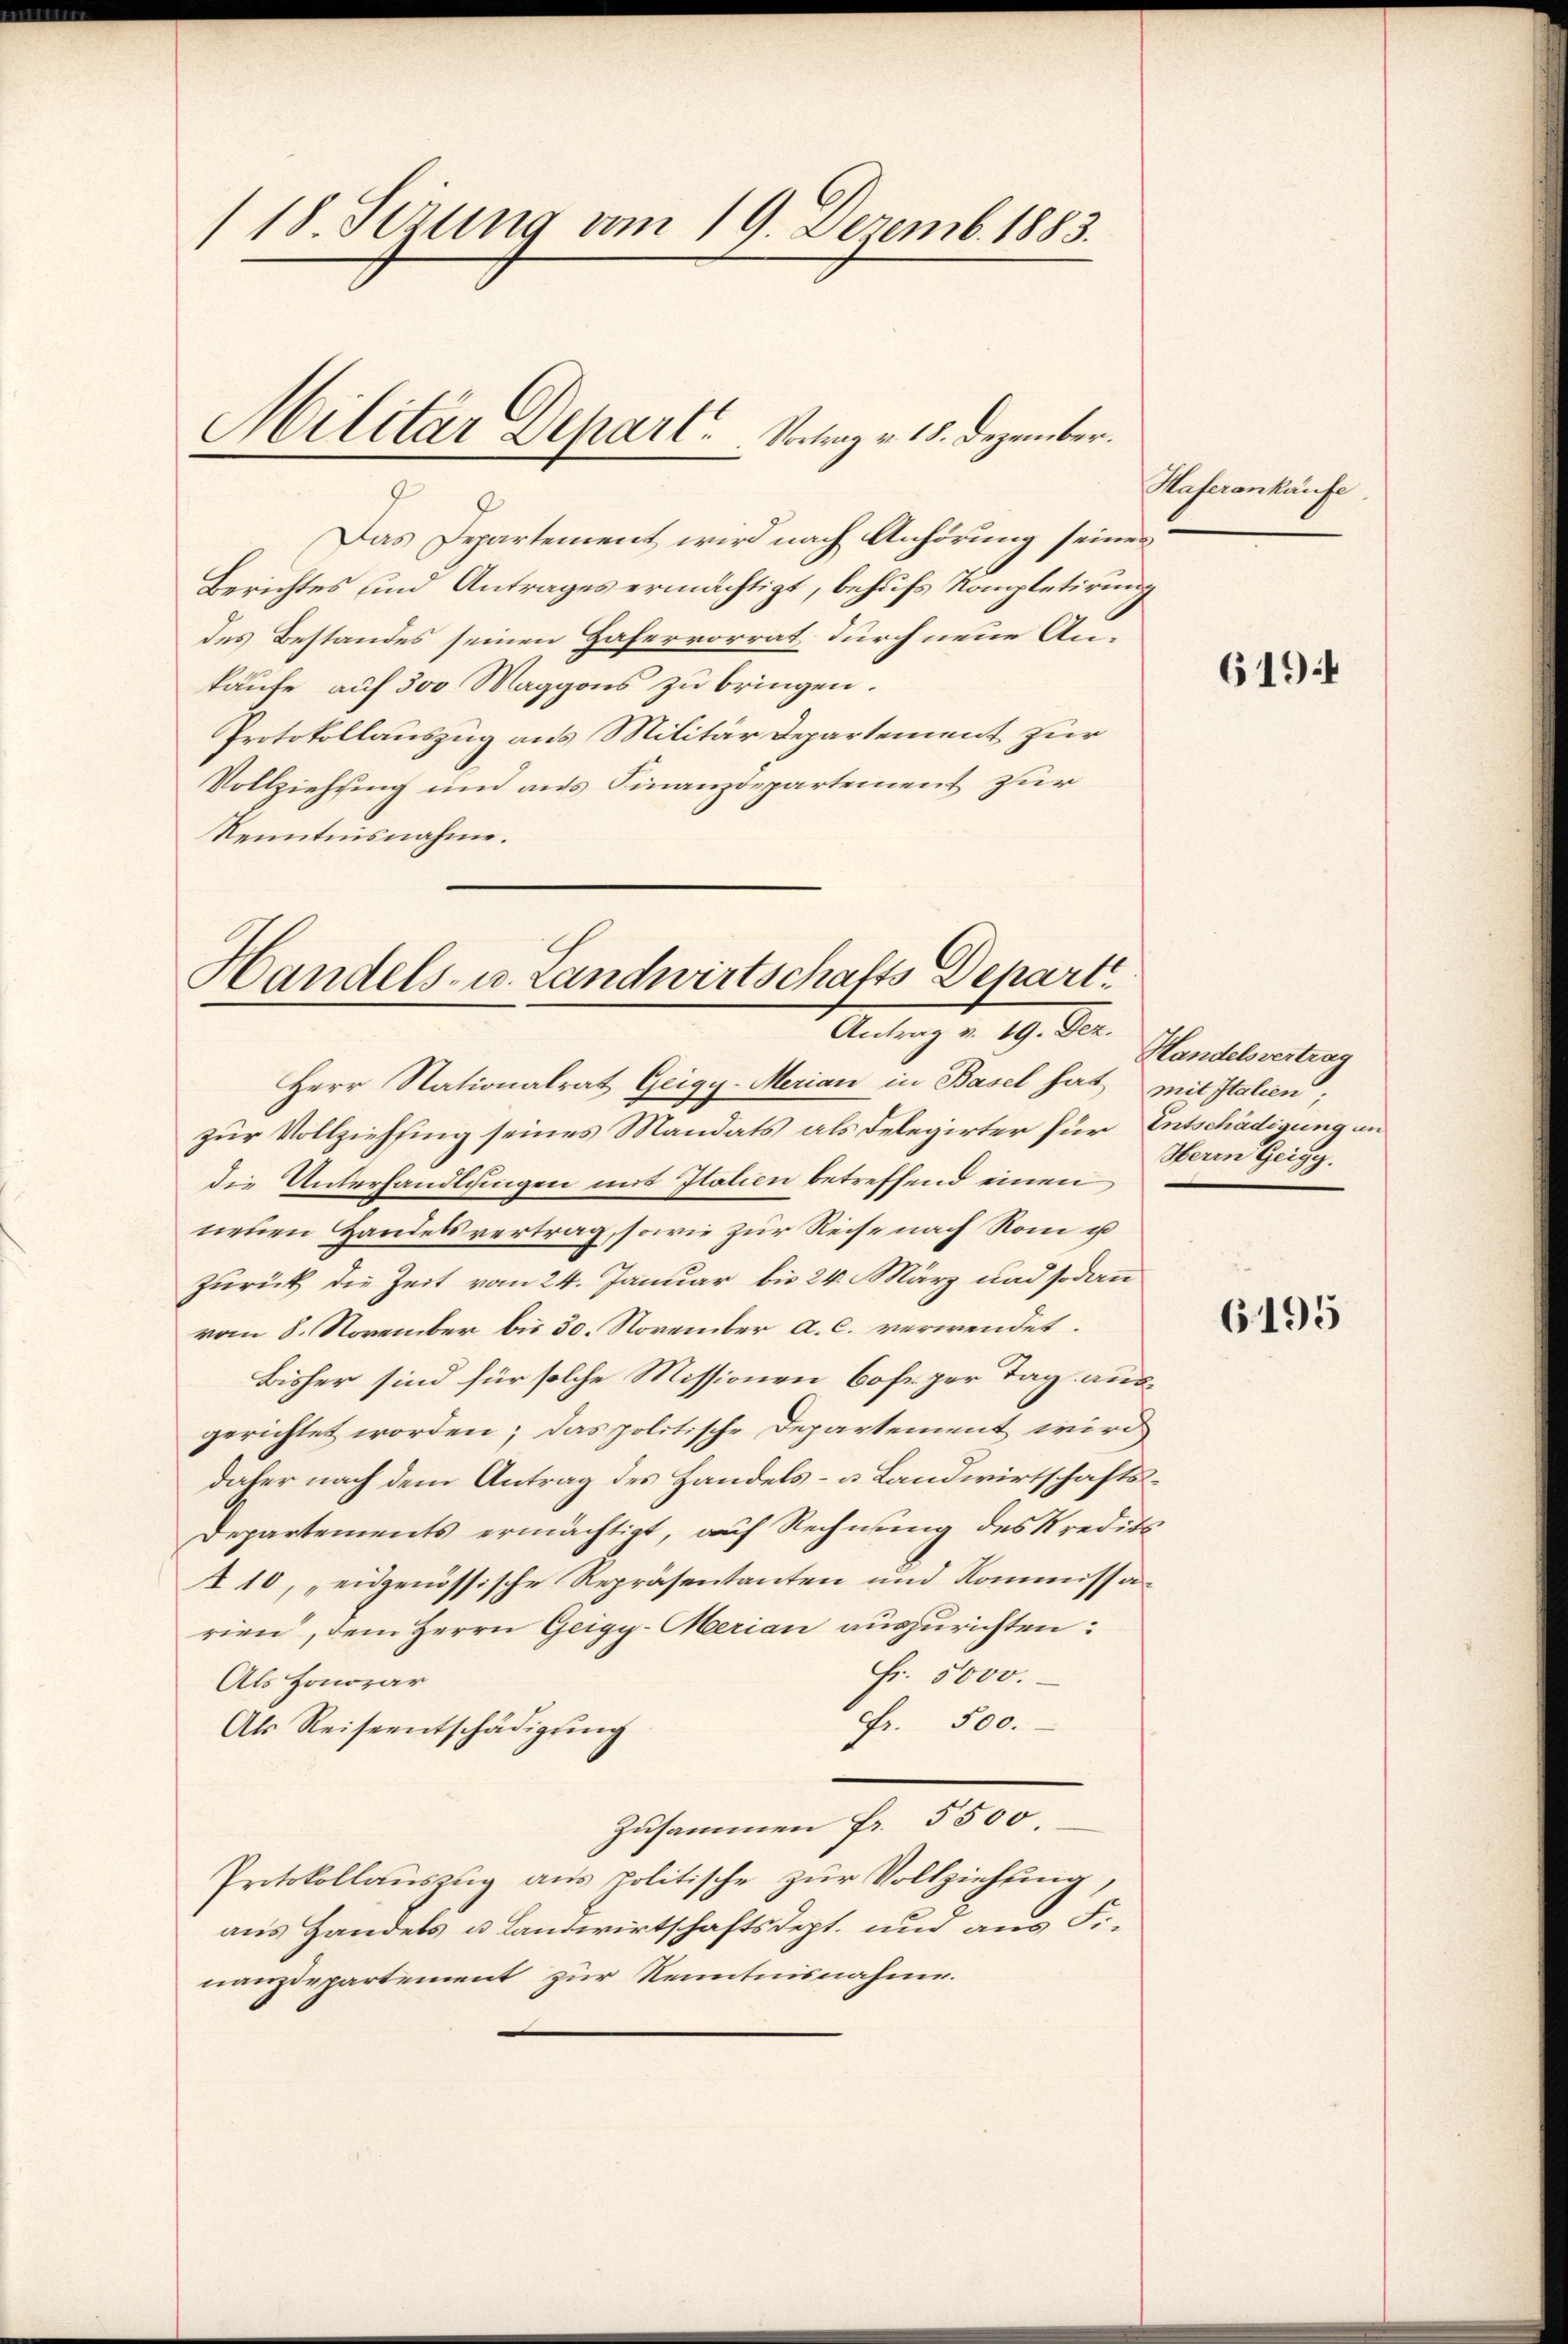
118. Sezung vom 19. Dezemb. 1883.

Das Departement wird nach Anhörung seiner
Berichtes und Antrages ermächtigt, behufs Kompletirung
des Bestandes seinen Hafervorrat durch neue Ankaufe auf 300 Maggons zu bringen.
Protokollauszug aus Militär Departement zur
Vollziehung und aus Finanzdepartement zur
Kenntnisnahme.

Militar Depart. Verlang v. 15. Dezember.

Handels- u. Landwirtschafts Depart
Antrag v. 19. Dez.
Herr Nationalrat Geigy-Merian in Basel hat mit Italien;

zur Vollziehung seines Mandats als Delegirter für Entschädigung an
die Unterhandlungen mit Italien betreffend einen
neuen Handelsvertrag, sowie zur Reise nach Rom u
zurück die Zeit vom 24. Januar bis 24. März und sodann
vom 8. November bis 30. November a. c. verwendet.
Bisher sind für solche Missionen bohrer Tag ausgerichtet worden; das politische Departement wird
daher nach dem Antrag des Handels- u Landwirtschafts¬
Departements ermächtigt, auf Rechnung des Kredits
A 10, „eidgenössische Repräsentanten und Kommissarien, dem Herrn Geigy-Merian auszurichten:
Fr. 5000.
Als Honorar
Fr. 500.
Als Reiseentschädigŭng
Zusammen Fr. 5500
Protokollauszug aus politische zur Vollziehung,
aus Handels u. Landwirtschaftsdept. und aus Finanzdepartement zur Kenntnisnahme.

Haferankaufe.

6194

Handelsvertrag
Herrn Geigg.

6195